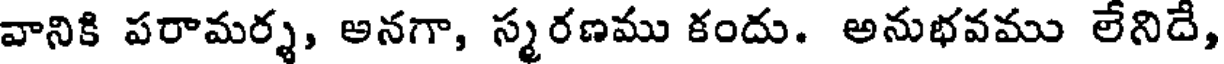
వానికి పరామర్శ, అనగా, స్మరణము కందు. అనుభవము లేనిదే,